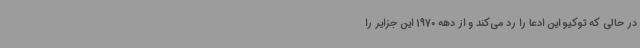
در حالی که توکیو این ادعا را رد می‌کند و از دهه 1970 این جزایر را